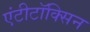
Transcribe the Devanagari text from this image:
एंटीटॉक्सिन